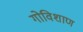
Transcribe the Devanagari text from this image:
गोविशाण